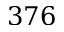
3 7 6